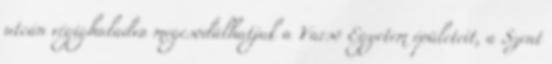
utcán végighaladva megcsodálhatjuk a Varsó Egyetem épületeit, a Szent